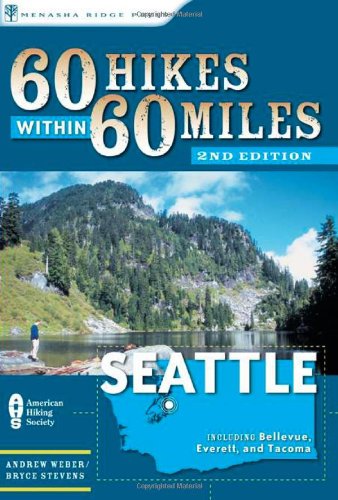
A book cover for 60 Hikes Within 60 Miles: Seattle: Including Bellevue, Everett, and Tacoma; Andrew Weber; Health, Fitness & Dieting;